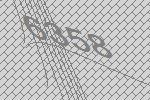
6358